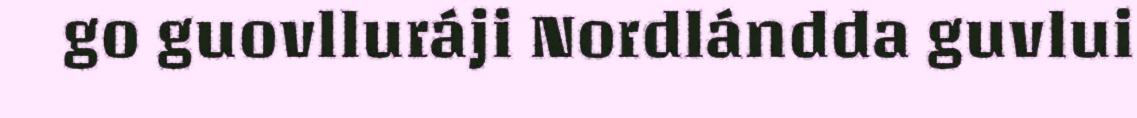
go guovlluráji Nordlándda guvlui